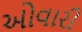
ઓવારી